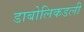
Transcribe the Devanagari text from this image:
डाबोलिकडली